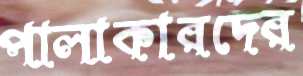
পালাকারদের